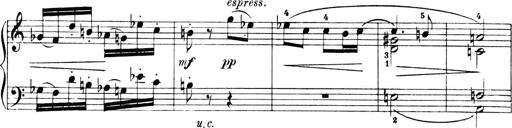
Title: 4 Sonatines
Composer: Max Reger